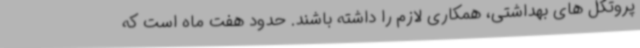
پروتکل های بهداشتی، همکاری لازم را داشته باشند. حدود هفت ماه است که